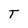
Character: T